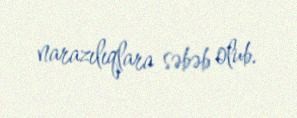
narazılıqlara səbəb olub.